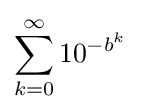
\sum _{k=0}^{\infty }10^{-b^{k}}